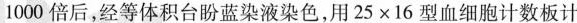
1000倍后，经等体积台盼蓝染液染色，用25\times 16型血细胞计数板计